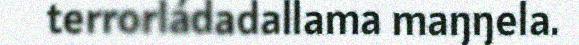
terrorládadallama maŋŋela.